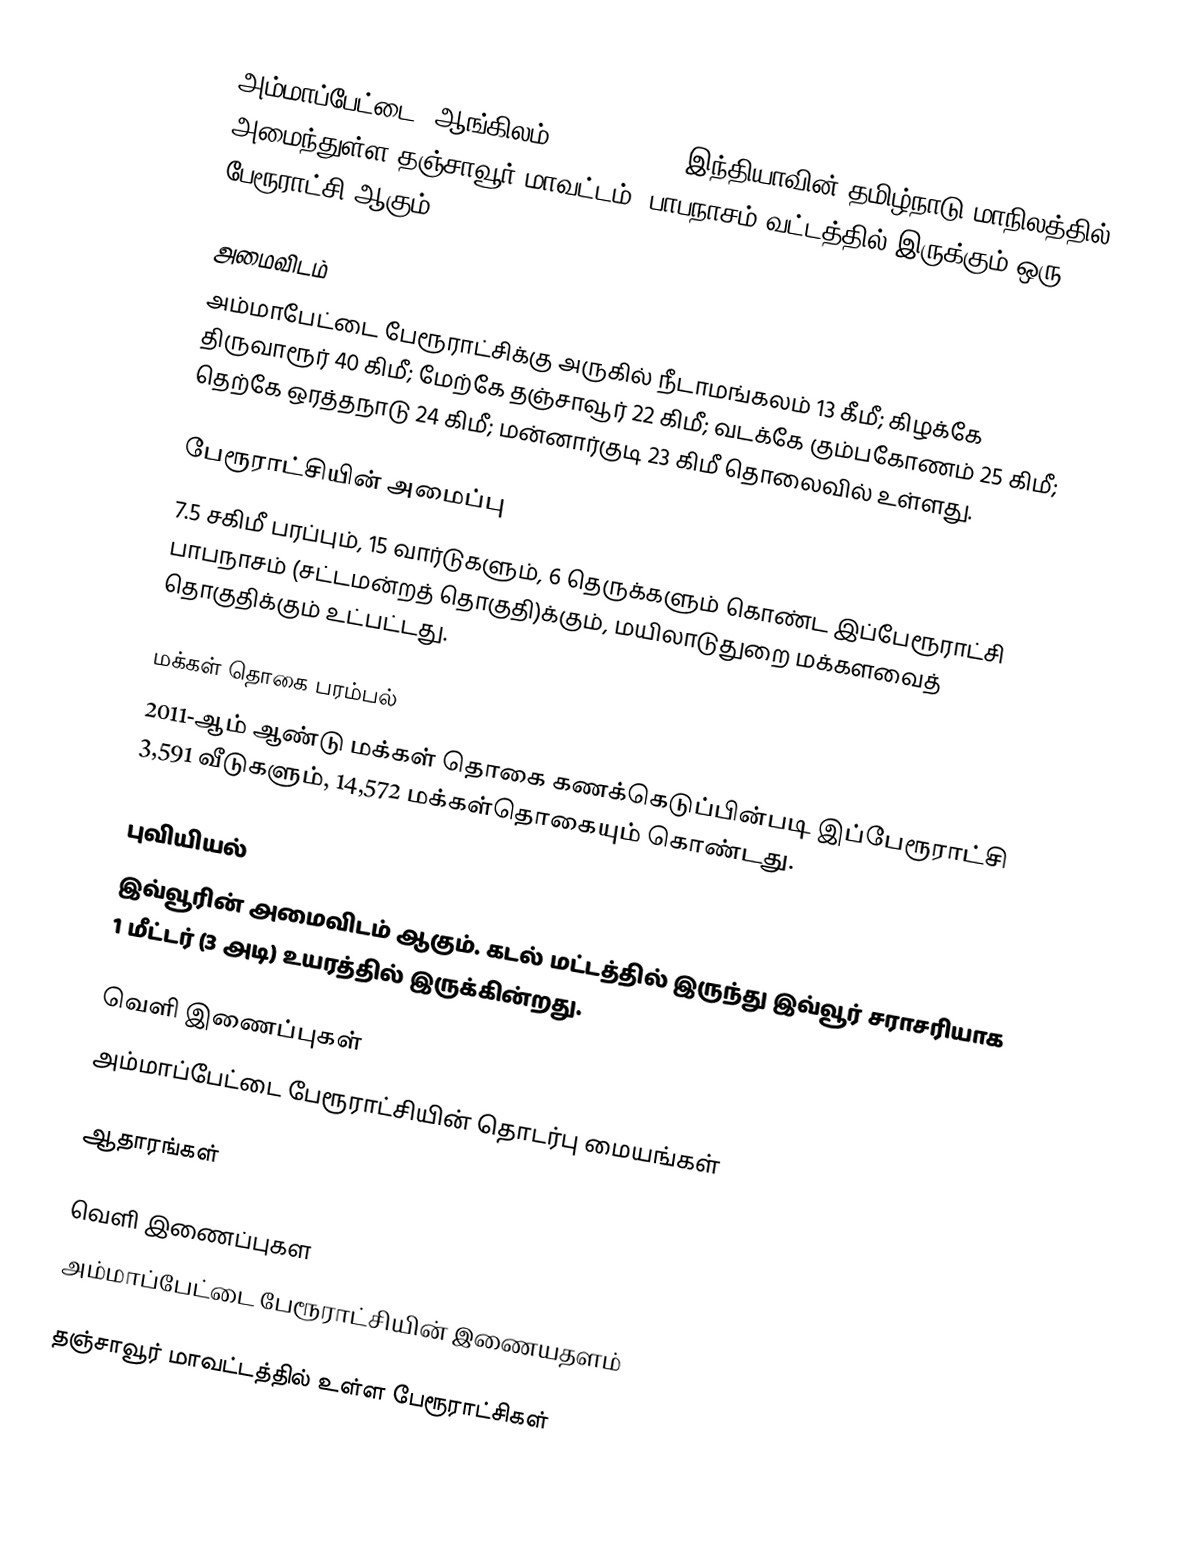
அம்மாப்பேட்டை (ஆங்கிலம்:Ammapettai), இந்தியாவின் தமிழ்நாடு மாநிலத்தில் அமைந்துள்ள தஞ்சாவூர் மாவட்டம், பாபநாசம் வட்டத்தில் இருக்கும் ஒரு பேரூராட்சி ஆகும்.

அமைவிடம்
அம்மாபேட்டை பேரூராட்சிக்கு அருகில் நீடாமங்கலம் 13 கீமீ; கிழக்கே திருவாரூர் 40 கிமீ; மேற்கே தஞ்சாவூர் 22 கிமீ; வடக்கே கும்பகோணம் 25 கிமீ; தெற்கே ஒரத்தநாடு 24 கிமீ; மன்னார்குடி  23 கிமீ தொலைவில் உள்ளது.

பேரூராட்சியின் அமைப்பு
7.5 சகிமீ பரப்பும்,   15  வார்டுகளும்,  6 தெருக்களும் கொண்ட இப்பேரூராட்சி  பாபநாசம் (சட்டமன்றத் தொகுதி)க்கும், மயிலாடுதுறை மக்களவைத் தொகுதிக்கும் உட்பட்டது.

மக்கள் தொகை பரம்பல்
2011-ஆம் ஆண்டு மக்கள் தொகை கணக்கெடுப்பின்படி  இப்பேரூராட்சி 3,591 வீடுகளும், 14,572  மக்கள்தொகையும் கொண்டது.

புவியியல்
இவ்வூரின் அமைவிடம்  ஆகும். கடல் மட்டத்தில் இருந்து இவ்வூர் சராசரியாக 1 மீட்டர் (3 அடி) உயரத்தில் இருக்கின்றது.

வெளி இணைப்புகள்
 அம்மாப்பேட்டை பேரூராட்சியின் தொடர்பு மையங்கள்

ஆதாரங்கள்

வெளி இணைப்புகள
 அம்மாப்பேட்டை பேரூராட்சியின் இணையதளம்

தஞ்சாவூர் மாவட்டத்தில் உள்ள பேரூராட்சிகள்